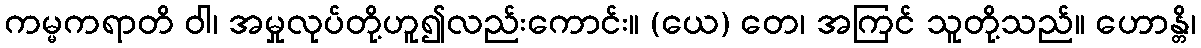
ကမ္မကရာတိ ဝါ၊ အမှုလုပ်တို့ဟူ၍လည်းကောင်း။ (ယေ) တေ၊ အကြင် သူတို့သည်။ ဟောန္တိ၊